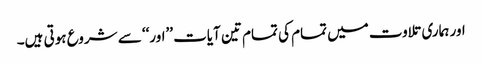
اور ہماری تلاوت میں تمام کی تمام تین آیات ’’اور‘‘ سے شروع ہوتی ہیں۔